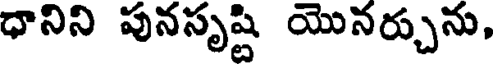
ధానిని పునసృష్టి యొనర్చును,